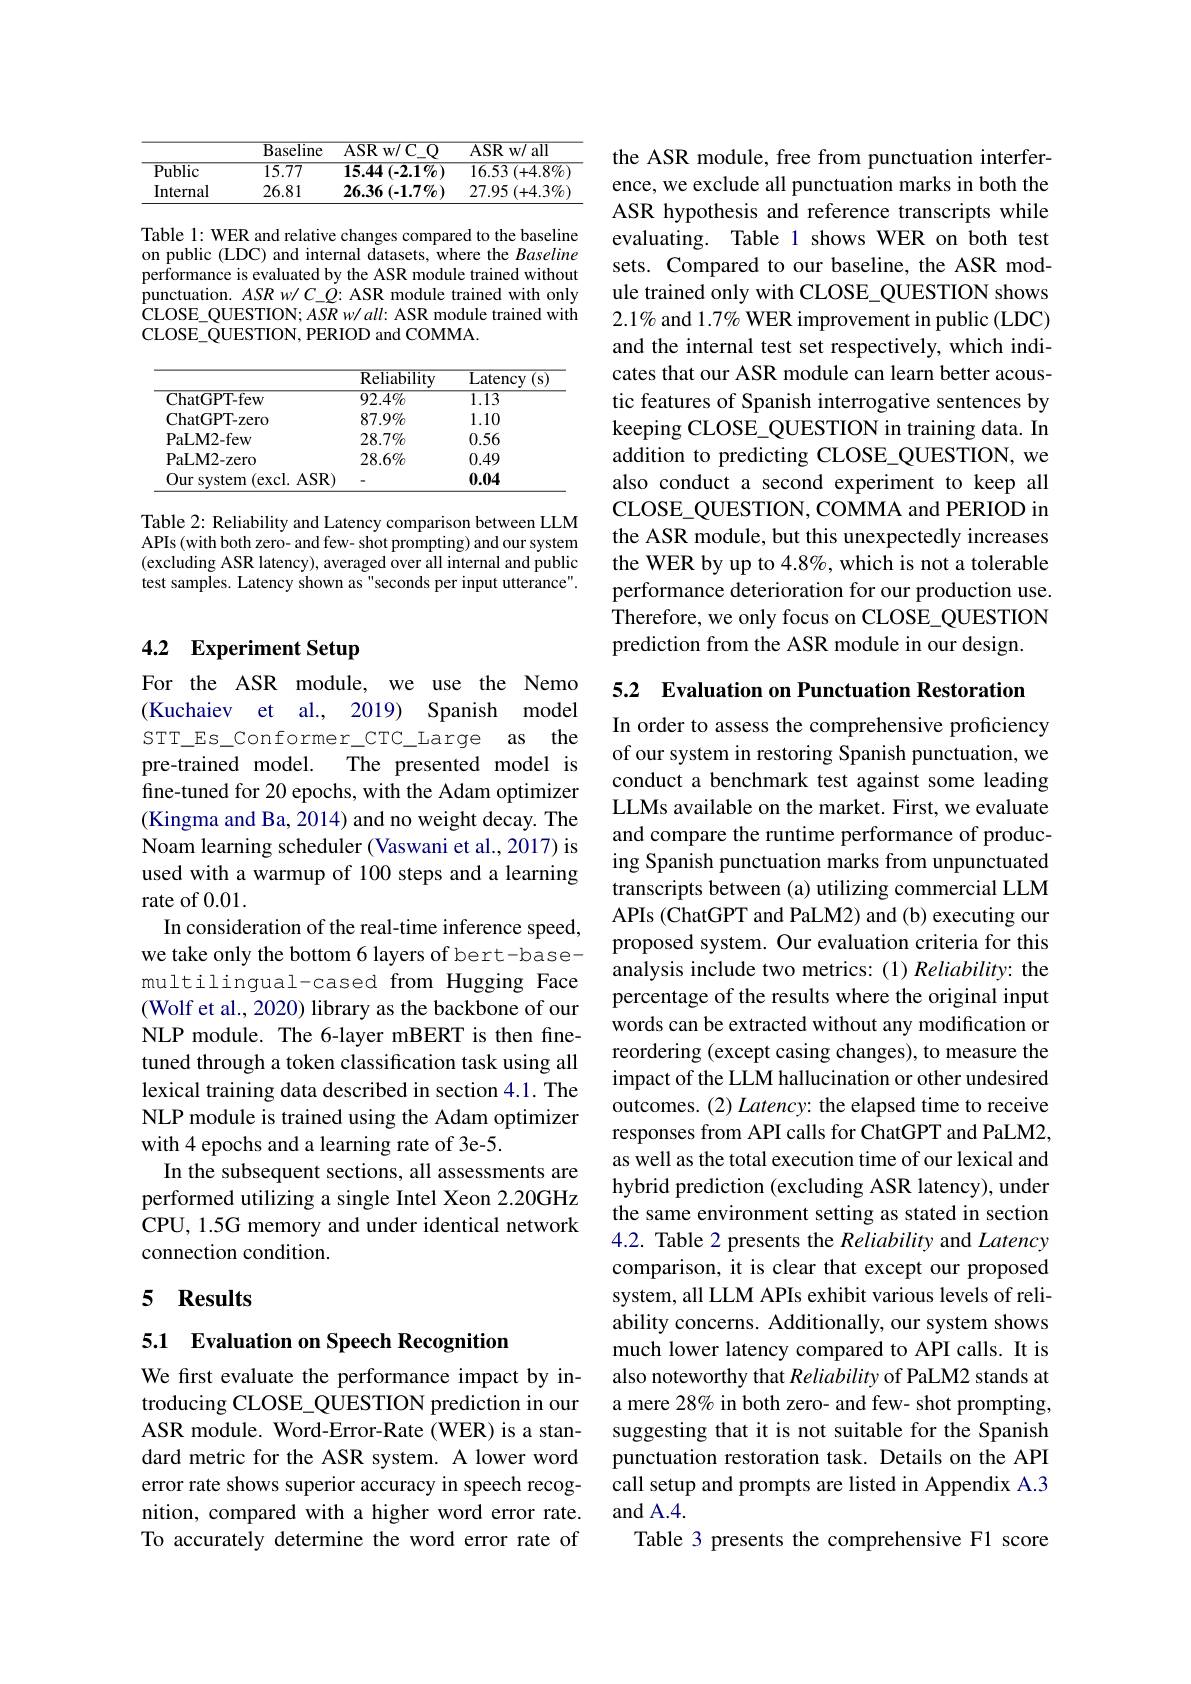
<table>
	<tbody>
		<tr>
			<th> </th>
			<th>$\overline{{\mathrm{Baseline}}}$</th>
			<th>$\overline{\mathrm{ASR~w/C_{-}Q}}$</th>
			<th>ASR w/ all</th>
		</tr>
		<tr>
			<td>$\overline{Public}$</td>
			<td>15.77</td>
			<td>15.44 $(-2.1\%)$ 11</td>
			<td>16.53 $( + 4. 8\%$</td>
		</tr>
		<tr>
			<td>Internal</td>
			<td>26.81</td>
			<td>$26.36\left(-1.7\%\right)$</td>
			<td>27.95 $( + 4. 3\% )$</td>
		</tr>
	</tbody>
</table>

Table 1: WER and relative changes compared to the baseline on public (LDC) and internal datasets, where the Baseline performance is evaluated by the ASR module trained without punctuation. $ASRw/C\_Q:$ ASR module trained with only CLOSE\_QUESTION; ASR w/ all: ASR module trained with CLOSE\_QUESTION, PERIOD and COMMA.

<table>
	<tbody>
		<tr>
			<th> </th>
			<th>Reliability</th>
			<th>Latency S</th>
		</tr>
		<tr>
			<td>$\overline{{\mathrm{ChatGPT-few}}}$</td>
			<td>$92.4\%$</td>
			<td>1.13</td>
		</tr>
		<tr>
			<td>ChatGPT- zero</td>
			<td>$87.9\%$</td>
			<td>1.10</td>
		</tr>
		<tr>
			<td>PaLM2- few</td>
			<td>$28.7\%$</td>
			<td>0.56</td>
		</tr>
		<tr>
			<td>PaLM2- zero</td>
			<td>$28.6\%$</td>
			<td>0.49</td>
		</tr>
		<tr>
			<td>Our system ${\mathrm{n}}({\mathrm{excl.~ASR}})$</td>
			<td> </td>
			<td>0.04</td>
		</tr>
	</tbody>
</table>

Table 2: Reliability and Latency comparison between LLM APIs (with both zero- and few- shot prompting) and our system (excluding ASR latency), averaged over all internal and public test samples. Latency shown as"seconds per input utterance".

# 4.2 Experiment Setup

For the ASR module, we use the Nemo (Kuchaiev et al., 2019) Spanish model STT\_Es\_Conformer\_CTC\_Large as the pre-trained model.
The presented model is
fine-tuned for 20 epochs, with the Adam optimizer (Kingma and Ba, 2014) and no weight decay. The Noam learning scheduler (Vaswani et al., 2017) is used with a warmup of 100 steps and a learning rate of 0.01.
In consideration of the real-time inference speed, we take only the bottom 6 layers of bert-basemultilingual-cased from Hugging Face (Wolf et al., 2020) library as the backbone of our NLP module. The 6-layer mBERT is then finetuned through a token classification task using all lexical training data described in section 4.1. The NLP module is trained using the Adam optimizer with 4 epochs and a learning rate of 3e-5.
In the subsequent sections, all assessments are performed utilizing a single Intel Xeon 2.20GHz CPU, 1.5G memory and under identical network connection condition.

# 5 Results

## 5.1 Evaluation on Speech Recognition

We first evaluate the performance impact by introducing CLOSE\_QUESTION prediction in our ASR module. Word-Error-Rate (WER) is a standard metric for the ASR system. A lower word error rate shows superior accuracy in speech recognition, compared with a higher word error rate. To accurately determine the word error rate of

the ASR module, free from punctuation interference, we exclude all punctuation marks in both the ASR hypothesis and reference transcripts while evaluating. Table 1 shows WER on both test sets. Compared to our baseline, the ASR module trained only with CLOSE\_QUESTION shows $2.1\%$ and 1.7% WER improvement in public (LDC) and the internal test set respectively, which indicates that our ASR module can learn better acoustic features of Spanish interrogative sentences by keeping CLOSE\_QUESTION in training data. In addition to predicting CLOSE\_QUESTION, we also conduct a second experiment to keep all CLOSE\_QUESTION, COMMA and PERIOD in the ASR module, but this unexpectedly increases the WER by up to 4.8%, which is not a tolerable performance deterioration for our production use. Therefore, we only focus on CLOSE\_QUESTION prediction from the ASR module in our design.

5.2 Evaluation on Punctuation Restoration
In order to assess the comprehensive proficiency of our system in restoring Spanish punctuation, we conduct a benchmark test against some leading LLMs available on the market. First, we evaluate and compare the runtime performance of producing Spanish punctuation marks from unpunctuated transcripts between (a) utilizing commercial LLM APIs (ChatGPT and PaLM2) and (b) executing our proposed system. Our evaluation criteria for this analysis include two metrics:(1) Reliability: the percentage of the results where the original input words can be extracted without any modification or reordering (except casing changes), to measure the impact of the LLM hallucination or other undesired outcomes. (2) Latency: the elapsed time to receive responses from API calls for ChatGPT and PaLM2, as well as the total execution time of our lexical and hybrid prediction (excluding ASR latency), under the same environment setting as stated in section 4.2. Table 2 presents the Reliability and Latency comparison, it is clear that except our proposed system, all LLM APIs exhibit various levels of reliability concerns. Additionally, our system shows much lower latency compared to API calls. It is also noteworthy that Reliability of PaLM2 stands at a mere 28% in both zero- and few- shot prompting, suggesting that it is not suitable for the Spanish punctuation restoration task. Details on the API call setup and prompts are listed in Appendix A.3 and A.4.
Table 3 presents the comprehensive F1 score